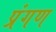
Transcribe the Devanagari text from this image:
प्रंगण